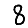
Digit: 8